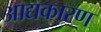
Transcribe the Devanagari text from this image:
आद्यकारण